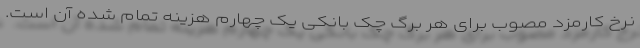
نرخ کارمزد مصوب برای هر برگ چک بانکی یک چهارم هزینه تمام شده آن است.